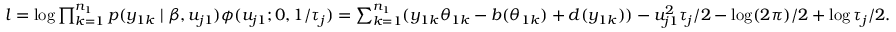
\begin{array} { r } { l = \log \prod _ { k = 1 } ^ { n _ { 1 } } p ( y _ { 1 k } \mid \beta , u _ { j 1 } ) \phi ( u _ { j 1 } ; 0 , 1 / \tau _ { j } ) = \sum _ { k = 1 } ^ { n _ { 1 } } ( y _ { 1 k } \theta _ { 1 k } - b ( \theta _ { 1 k } ) + d ( y _ { 1 k } ) ) - u _ { j 1 } ^ { 2 } \tau _ { j } / 2 - \log ( 2 \pi ) / 2 + \log \tau _ { j } / 2 . } \end{array}